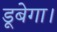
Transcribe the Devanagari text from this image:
डूबेगा।